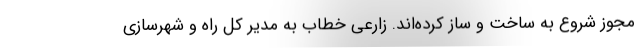
مجوز شروع به ساخت و ساز کرده‌اند. زارعی خطاب به مدیر کل راه و شهرسازی